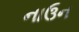
નાઉન